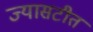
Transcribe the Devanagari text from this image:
ज्यासटीत